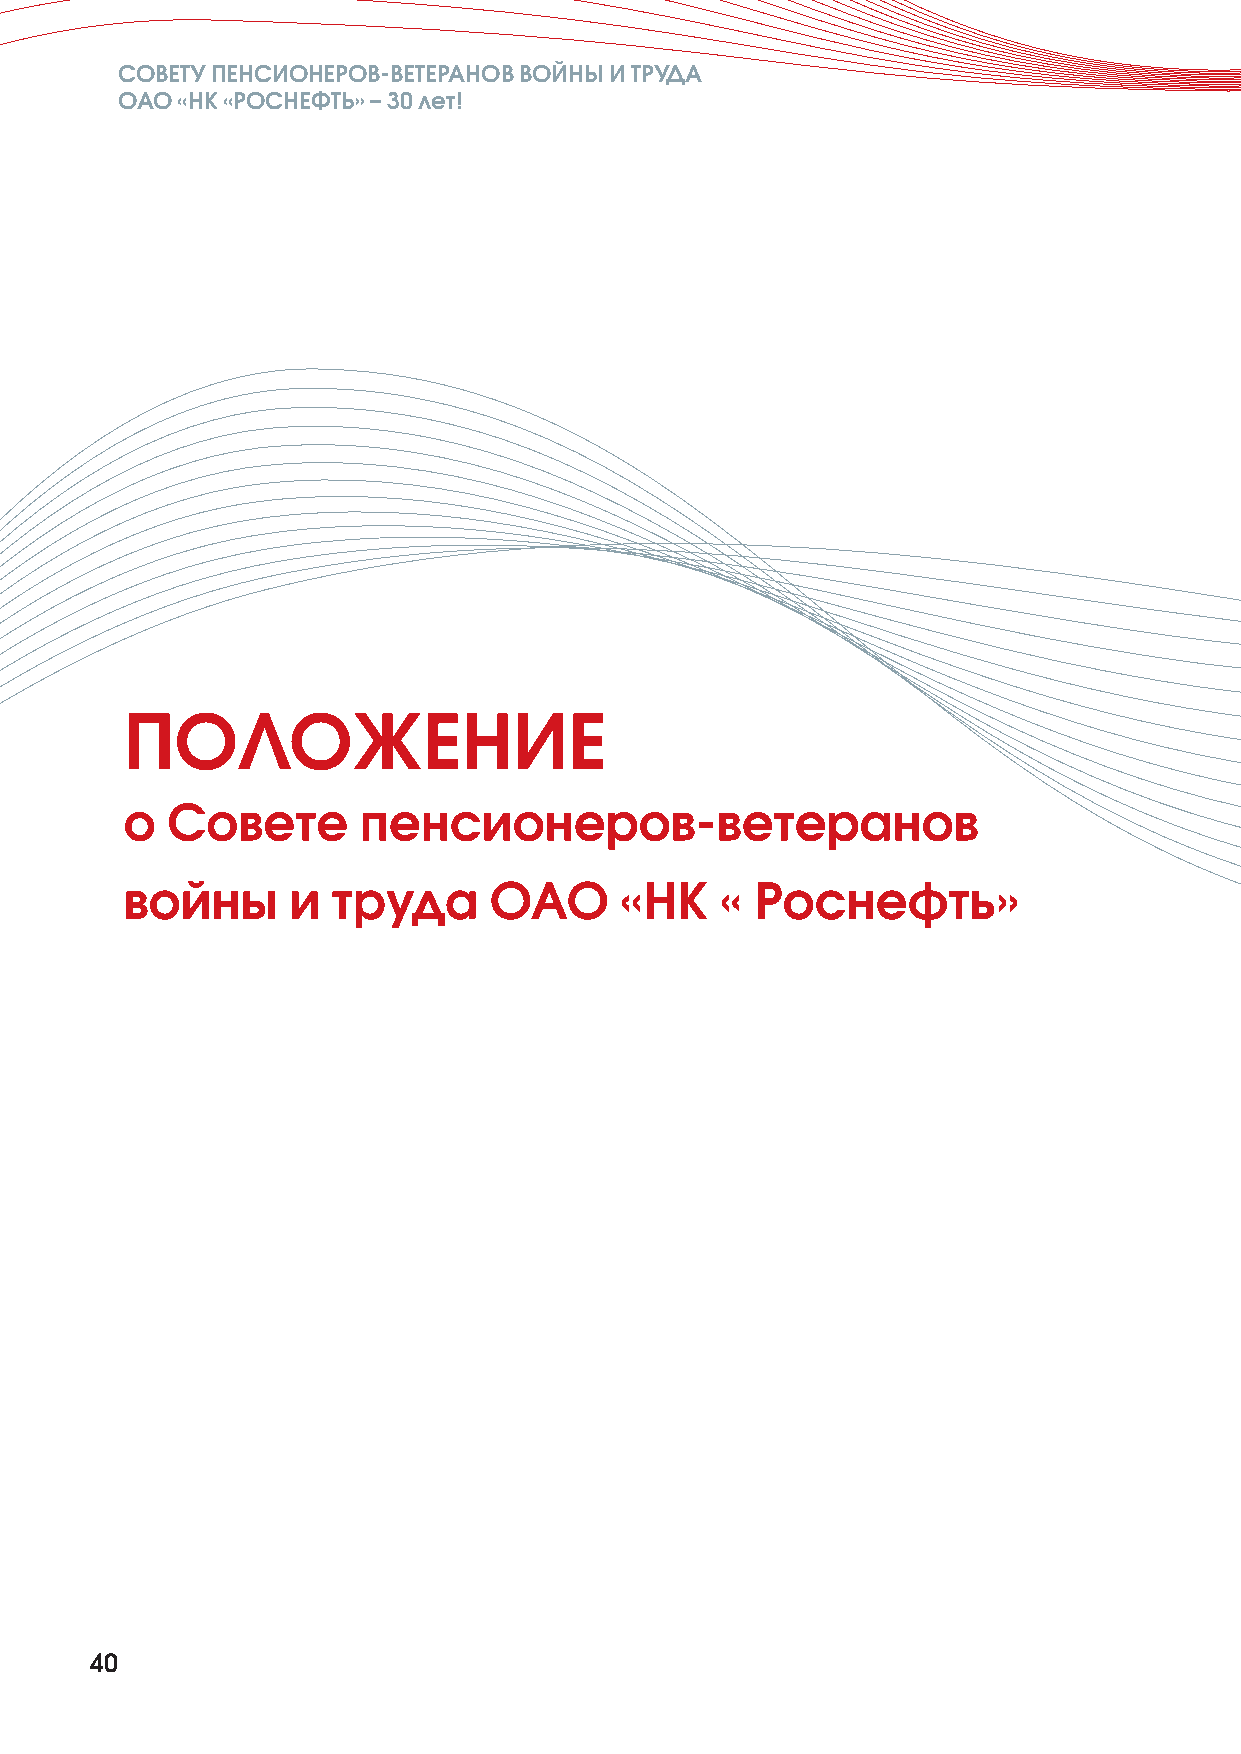
СОВЕТУ ПЕНСИОНЕРОВ-ВЕТЕРАНОВ ВОЙНЫ И ТРУДА
 ОАО «НК «РОСНЕФТЬ» –30 лет!
 ПОЛОЖЕНИЕ
 о  Совете       пенсионеров-ветеранов
 войны      и  труда     ОАО      «НК    « Роснефть»
 40